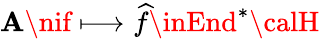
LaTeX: {\cal\mathbf{A}}\nif\longmapsto\widehat{{f}}\inEnd^{*}{\calH}